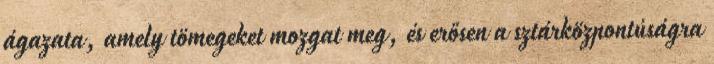
ágazata, amely tömegeket mozgat meg, és erősen a sztárközpontúságra